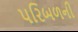
પરિબળની